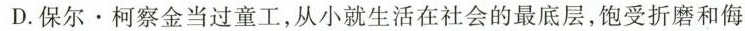
D.保尔。柯察金当过童工，从小就生活在社会的最底层，饱受折磨和侮